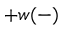
+ w ( - )